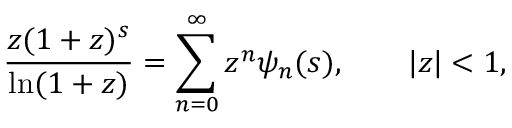
{ \frac { z ( 1 + z ) ^ { s } } { \ln ( 1 + z ) } } = \sum _ { n = 0 } ^ { \infty } z ^ { n } \psi _ { n } ( s ) , \qquad | z | < 1 ,